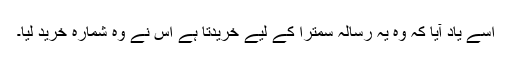
اسے یاد آیا کہ وہ یہ رسالہ سمترا کے لیے خریدتا ہے اس نے وہ شمارہ خرید لیا۔